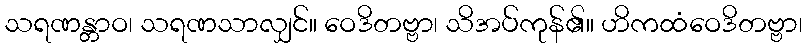
သရဏန္တာဝ၊ သရဏသာလျှင်။ ဝေဒိတဗ္ဗာ၊ သိအပ်ကုန်၏။ ဟိကထံဝေဒိတဗ္ဗာ၊